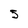
Character: 5